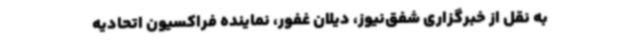
به نقل از خبرگزاری شفق‌نیوز، دیلان غفور، نماینده فراکسیون اتحادیه